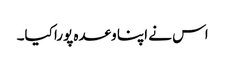
اس نے اپنا وعدہ پورا کیا۔